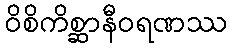
ဝိစိကိစ္ဆာနီဝရဏဿ